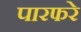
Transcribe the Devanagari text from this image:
पारफरे